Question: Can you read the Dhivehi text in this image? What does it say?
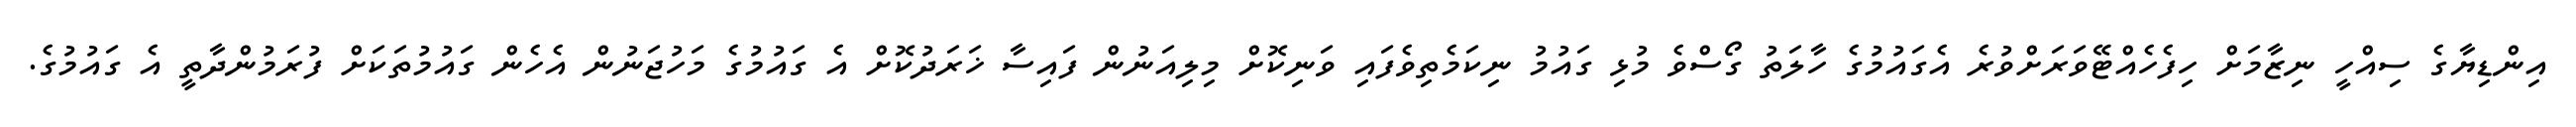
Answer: އިންޑިޔާގެ ސިއްހީ ނިޒާމަށް ހިފެހެއްޓޭވަރަށްވުރެ އެގައުމުގެ ހާލަތު ގޯސްވެ މުޅި ގައުމު ނިކަމެތިވެފައި ވަނިކޮށް މިލިއަނުން ފައިސާ ޚަރަދުކޮށް އެ ގައުމުގެ މަހުޖަނުން އެހެން ގައުމުތަކަށް ފުރަމުންދާތީ އެ ގައުމުގެ.